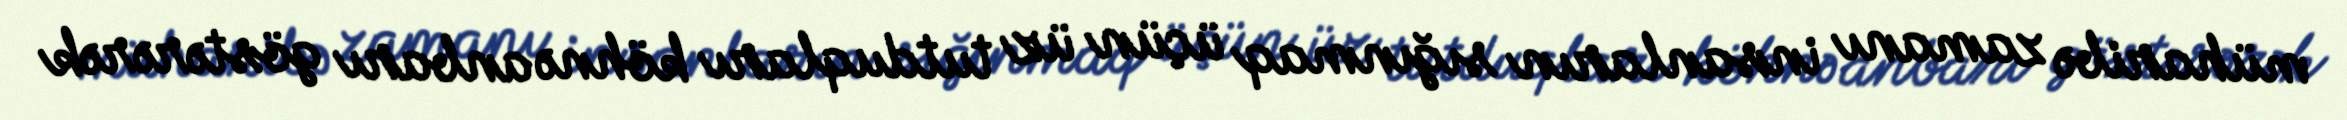
müharibə zamanı insanların sığınmaq üçün üz tutduqları köhnə anbarı göstərərək